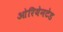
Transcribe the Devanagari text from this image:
ओरियेनटेड